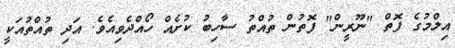
އިލްމުގެ ފޮތް "ނޫރީން" ފޮތުން ތުއްތު ސާހިބު ކުށެއް ހޯއްދެވިއެވެ. އަދި ތުއްތުއަކީ